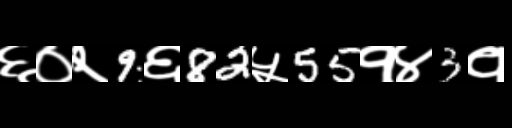
Text: ६०२9६82५55१४3१